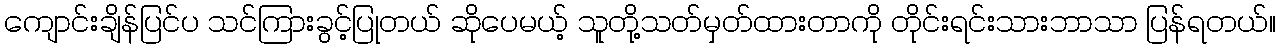
ကျောင်းချိန်ပြင်ပ သင်ကြားခွင့်ပြုတယ် ဆိုပေမယ့် သူတို့သတ်မှတ်ထားတာကို တိုင်းရင်းသားဘာသာ ပြန်ရတယ်။